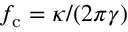
f _ { \mathrm { c } } = \kappa / ( 2 \pi \gamma )